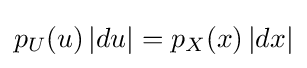
p_{U}(u)\,|du|=p_{X}(x)\,|dx|